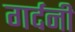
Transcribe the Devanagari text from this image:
गर्दनी